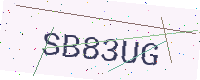
Text: SB83UG